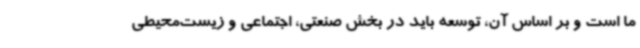
ما است و بر اساس آن، توسعه باید در بخش صنعتی، اجتماعی و زیست‌محیطی